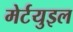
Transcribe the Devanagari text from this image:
मेर्टयुइल